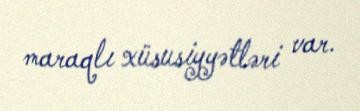
maraqlı xüsusiyyətləri var.